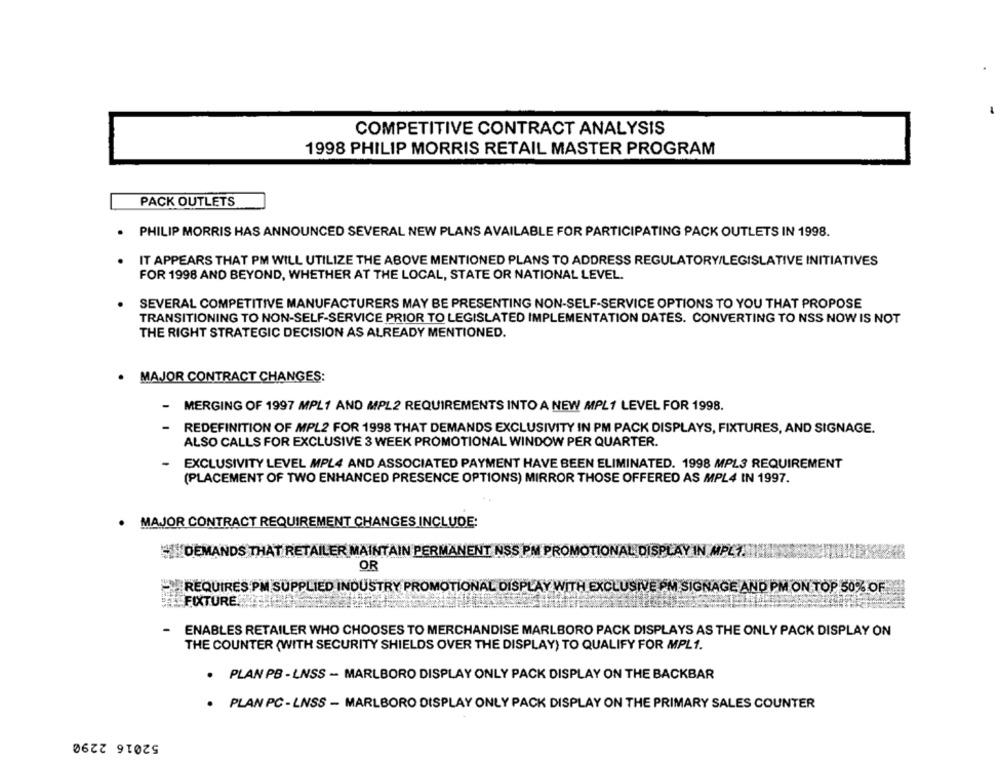
COMPETITIVE CONTRACT ANALYSIS
1998 PHILIP MORRIS RETAIL MASTER PROGRAM
PACK OUTLETS
PHILIP MORRIS HAS ANNOUNCED SEVERAL NEW PLANS AVAILABLE FOR PARTICIPATING PACK OUTLETS IN 1998.
IT APPEARS THAT PM WILL UTILIZE THE ABOVE MENTIONED PLANS TO ADDRESS REGULATORY/LEGISLATIVE INITIATIVES
FOR 1998 AND BEYOND, WHETHER AT THE LOCAL, STATE OR NATIONAL LEVEL.
SEVERAL COMPETITIVE MANUFACTURERS MAY BE PRESENTING NON-SELF-SERVICE OPTIONS TO YOU THAT PROPOSE
TRANSITIONING TO NON-SELF-SERVICE PRIOR TO LEGISLATED IMPLEMENTATION DATES. CONVERTING TO NSS NOW IS NOT
THE RIGHT STRATEGIC DECISION AS ALREADY MENTIONED.
. MAJOR CONTRACT CHANGES:
- MERGING OF 1997 MPL1 AND MPL2 REQUIREMENTS INTO A NEW MPL1 LEVEL FOR 1998.
-
REDEFINITION OF MPL2 FOR 1998 THAT DEMANDS EXCLUSIVITY IN PM PACK DISPLAYS, FIXTURES, AND SIGNAGE.
ALSO CALLS FOR EXCLUSIVE 3 WEEK PROMOTIONAL WINDOW PER QUARTER.
EXCLUSIVITY LEVEL MPL4 AND ASSOCIATED PAYMENT HAVE BEEN ELIMINATED. 1998 MPLS REQUIREMENT
(PLACEMENT OF TWO ENHANCED PRESENCE OPTIONS) MIRROR THOSE OFFERED AS MPL4 IN 1997.
. MAJOR CONTRACT REQUIREMENT CHANGES INCLUDE:
DEMANDS THAT RETAILER MAINTAIN PERMANENT NSS PM PROMOTIONAL DISPLAY IN MPL7.
OR
REQUIRES PM SUPPLIED INDUSTRY PROMOTIONAL DISPLAY WITH EXCLUSIVE PM SIGNAGE AND PM ON TOP 50% OF
FIXTURE
- ENABLES RETAILER WHO CHOOSES TO MERCHANDISE MARLBORO PACK DISPLAYS AS THE ONLY PACK DISPLAY ON
THE COUNTER (WITH SECURITY SHIELDS OVER THE DISPLAY) TO QUALIFY FOR MPL1.
. PLAN PB - LNSS - MARLBORO DISPLAY ONLY PACK DISPLAY ON THE BACKBAR
. PLAN PC - LNSS - MARLBORO DISPLAY ONLY PACK DISPLAY ON THE PRIMARY SALES COUNTER
52016 2290